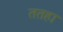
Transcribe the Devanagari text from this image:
ततहा